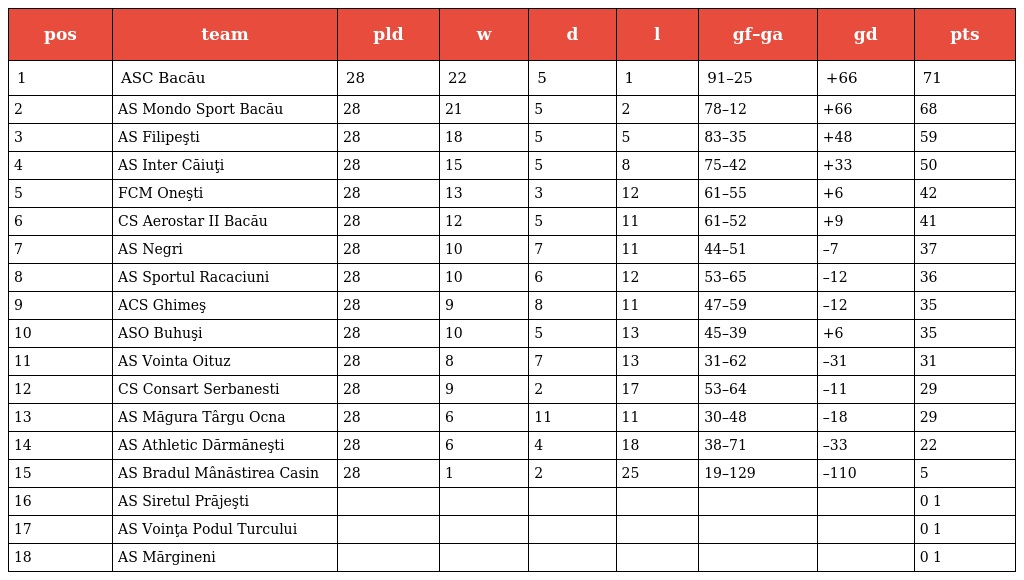
| pos | team | pld | w | d | l | gf–ga | gd | pts |
 | --- | --- | --- | --- | --- | --- | --- | --- | --- |
 | 1 | ASC Bacău | 28 | 22 | 5 | 1 | 91–25 | +66 | 71 |
 | 2 | AS Mondo Sport Bacău | 28 | 21 | 5 | 2 | 78–12 | +66 | 68 |
 | 3 | AS Filipeşti | 28 | 18 | 5 | 5 | 83–35 | +48 | 59 |
 | 4 | AS Inter Căiuţi | 28 | 15 | 5 | 8 | 75–42 | +33 | 50 |
 | 5 | FCM Oneşti | 28 | 13 | 3 | 12 | 61–55 | +6 | 42 |
 | 6 | CS Aerostar II Bacău | 28 | 12 | 5 | 11 | 61–52 | +9 | 41 |
 | 7 | AS Negri | 28 | 10 | 7 | 11 | 44–51 | –7 | 37 |
 | 8 | AS Sportul Racaciuni | 28 | 10 | 6 | 12 | 53–65 | –12 | 36 |
 | 9 | ACS Ghimeş | 28 | 9 | 8 | 11 | 47–59 | –12 | 35 |
 | 10 | ASO Buhuşi | 28 | 10 | 5 | 13 | 45–39 | +6 | 35 |
 | 11 | AS Vointa Oituz | 28 | 8 | 7 | 13 | 31–62 | –31 | 31 |
 | 12 | CS Consart Serbanesti | 28 | 9 | 2 | 17 | 53–64 | –11 | 29 |
 | 13 | AS Măgura Târgu Ocna | 28 | 6 | 11 | 11 | 30–48 | –18 | 29 |
 | 14 | AS Athletic Dărmăneşti | 28 | 6 | 4 | 18 | 38–71 | –33 | 22 |
 | 15 | AS Bradul Mânăstirea Casin | 28 | 1 | 2 | 25 | 19–129 | –110 | 5 |
 | 16 | AS Siretul Prăjeşti |  |  |  |  |  |  | 0 1 |
 | 17 | AS Voinţa Podul Turcului |  |  |  |  |  |  | 0 1 |
 | 18 | AS Mărgineni |  |  |  |  |  |  | 0 1 |